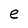
Character: e